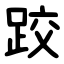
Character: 跤